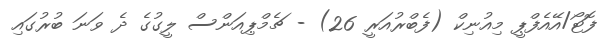
ފޮޓޯ/އޭއެފްޕީ މިއުނިކް (ފެބްރުއަރީ 26) - ޗެމްޕިއަންސް ލީގުގެ ދެ ވަނަ ބުރުގައި